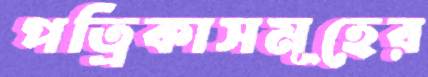
পত্রিকাসমূহের